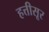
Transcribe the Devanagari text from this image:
हत्तीसूर